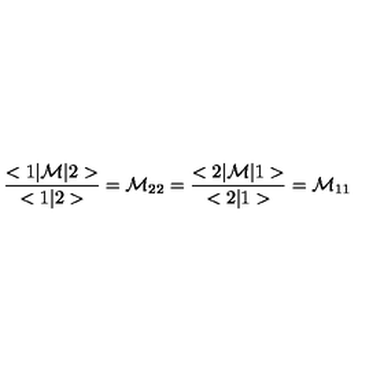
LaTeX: \frac { < 1 | { \cal M } | 2 > } { < 1 | 2 > } = { \cal M } _ { 2 2 } = \frac { < 2 | { \cal M } | 1 > } { < 2 | 1 > } = { \cal M } _ { 1 1 }